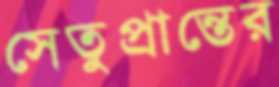
সেতুপ্রান্তের